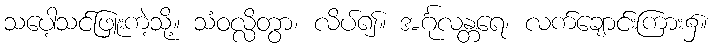
သပေါ့သင်ဖြူးကဲ့သို့။ သံဝလ္လိတွာ၊ လိပ်၍။ အင်္ဂုလန္တရေ၊ လက်ချောင်းကြား၌။